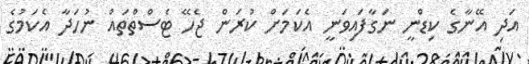
އަދި އޭނާގެ ކިޑްނީ ނަގާފައިވަނީ އެކަމަށް ކުރަން ޖެހޭ ޓެސްތްތައް ނުހަދާ އެކަމުގެ